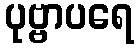
ပုဗ္ဗာပရေ